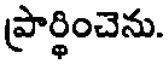
ప్రార్థించెను.